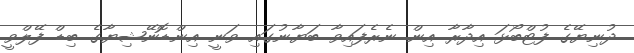
ދުނިޔޭގެ ފުޓްބޯޅަ އިދާރާ އިން ނެރެފައިވާ ބަޔާނުގައި ވަނީ އިންޑޮނޭޝިޔާގެ ބިޑް ފޭލްވީ